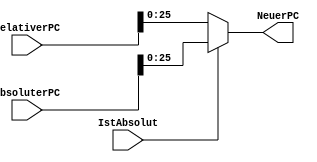
module MultiplexerNeuerPC (
    input [31:0] RelativerPC,
    input [31:0] AbsoluterPC,
    input IstAbsolut,
    output [25:0] NeuerPC
);

 assign NeuerPC = (IstAbsolut)?AbsoluterPC[25:0]:
                               RelativerPC[25:0];

endmodule